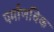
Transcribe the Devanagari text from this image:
पर्माणविक